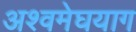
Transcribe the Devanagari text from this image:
अश्वमेघयाग